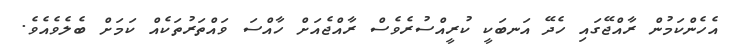
އެހެންކަމުން ރާއްޖޭގައި ހެދޭ އަނބަކީ ކުރީއްސުރެވެސް ރާއްޖެއަށް ހާއްސަ ވައްތަރުތަކެއް ކަމަށް ބެލެވެއެވެ.